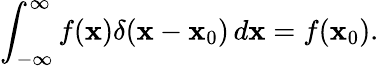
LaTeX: \int_{-\infty}^{\infty}f(\mathbf{x})\delta(\mathbf{x}-\mathbf{x}_{0})\, d\mathbf{x}=f(\mathbf{x}_{0}).